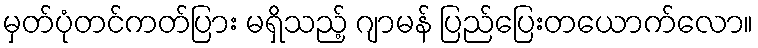
မှတ်ပုံတင်ကတ်ပြား မရှိသည့် ဂျာမန် ပြည်ပြေးတယောက်လော။